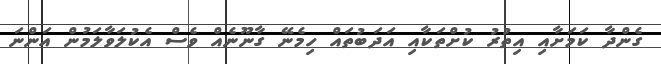
ގެންދާ ކަމަށާއި އިތުރު ކުށްތަކާއި އަދަބުތައް ހިމެނޭ ގާނޫނެއް ވެސް އެކުލަވާލަމުން އަންނަ